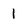
Character: 1